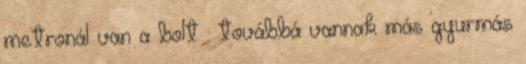
metronál van a bolt : továbbá vannak más gyurmás